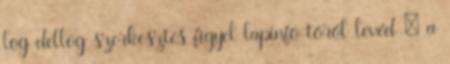
log dellog szerkesztés figyel lapinfo töröl levéd – a